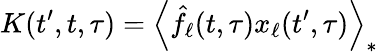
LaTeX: K(t^{\prime},t,\tau)=\left\langle\hat{f}_{\ell}(t,\tau)x_{\ell}(t^{\prime},\tau)\right\rangle_{*}